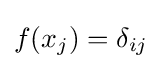
f(x_{j})=\delta _{ij}